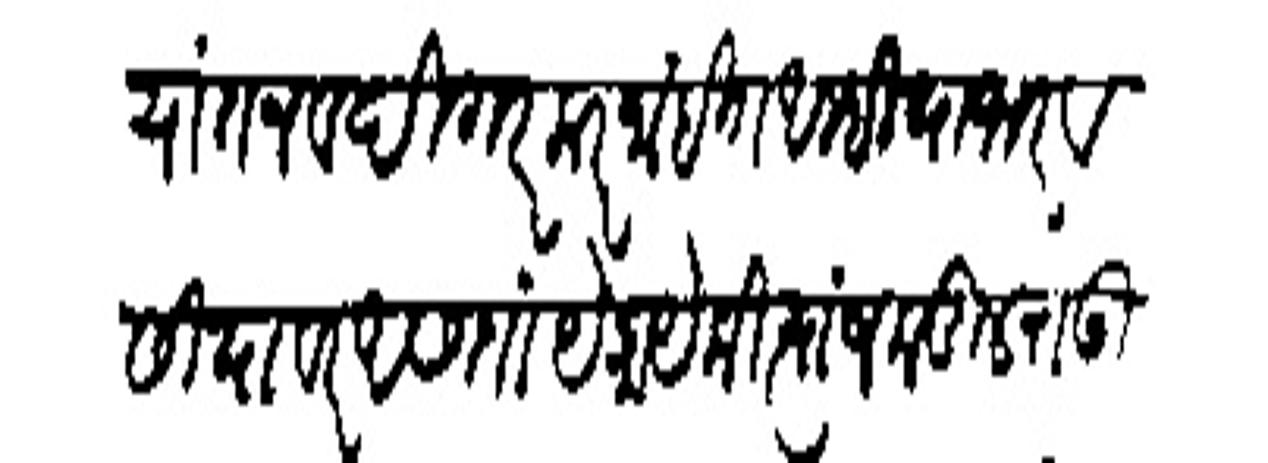
Transliteration (Devanagari): यांत नव दिगर कर नाहींत आम्ही या भरवसियावर असतां येकायेकी त्यांजकडील राऊ